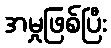
အမှုဖြစ်ပြီး